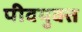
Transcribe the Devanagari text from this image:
पीवयुक्त